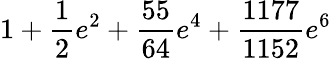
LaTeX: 1+\frac{1}{2}e^{2}+\frac{55}{64}e^{4}+\frac{1177}{1152}e^{6}